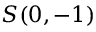
S ( 0 , - 1 )